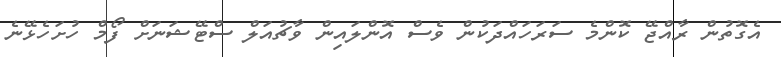
އެގޮތުން ރާއްޖޭ ކޮންމެ ސަރަހައްދަކުން ވެސް އޮންލައިން ވާޗުއަލް ސްޓޭޝަނަށް ފޯމް ހުށަހެޅޭނެ